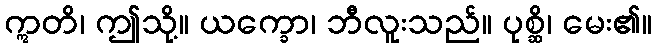
ဣတိ၊ ဤသို့။ ယက္ခော၊ ဘီလူးသည်။ ပုစ္ဆိ၊ မေး၏။